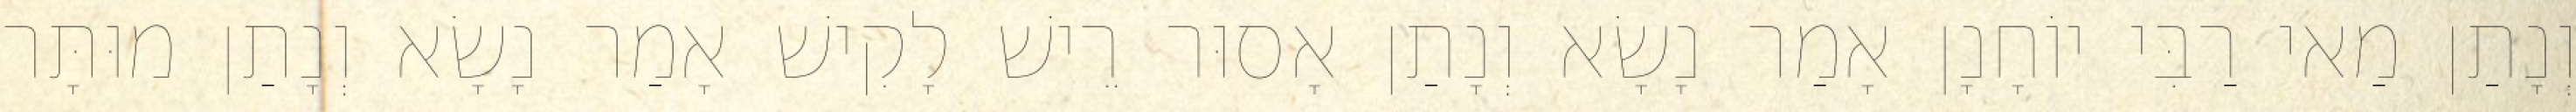
וְנָתַן מַאי רַבִּי יוֹחָנָן אָמַר נָשָׂא וְנָתַן אָסוּר רֵישׁ לָקִישׁ אָמַר נָשָׂא וְנָתַן מוּתָּר